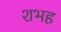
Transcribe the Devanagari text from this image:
शभह